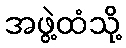
အဖွဲ့ထံသို့